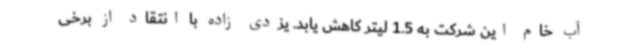
آب خام این شرکت به 1.5 لیتر کاهش یابد. یزدی زاده با انتقاد از برخی